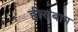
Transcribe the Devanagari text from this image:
हीराबाग